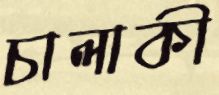
চালাকী